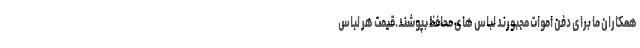
همکاران ما برای دفن اموات مجبورند لباس های محافظ بپوشند.قیمت هر لباس